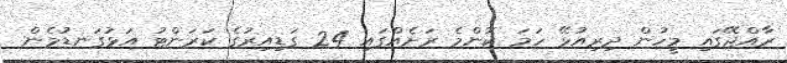
ރާއްޖޭގައި މީހުން ދިރިއުޅޭ ހަމަ ކޮންމެ ރަށެއްގައި 24 ގަޑިއިރުގެ ކަރަންޓު އަޅުގަނޑުމެން